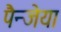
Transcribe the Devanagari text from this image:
पैन्जेया